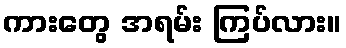
ကားတွေ အရမ်း ကြပ်လား။